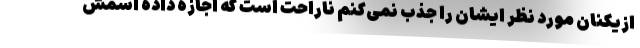
ازیکنان مورد نظر ایشان را جذب نمی‌کنم ناراحت است که اجازه داده اسمش